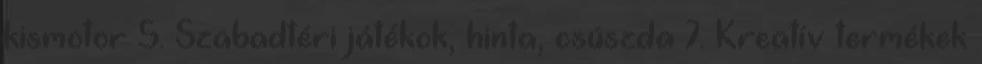
kismotor 5. Szabadtéri játékok, hinta, csúszda 7. Kreatív termékek